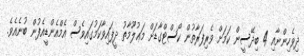
ދިވެހިންނާއި 4 ބިދޭސީން ކަމަށް ވެރިފަރާތުން ކޯސްޓްގާޑަށް މަޢުލޫމާތު ދީފައިވާކަމުގައިވެސް އެމްއެންޑީއެފުން ބުނެއެވެ.